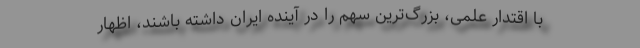
با اقتدار علمی، بزرگ‌ترین سهم را در آینده ایران داشته باشند، اظهار